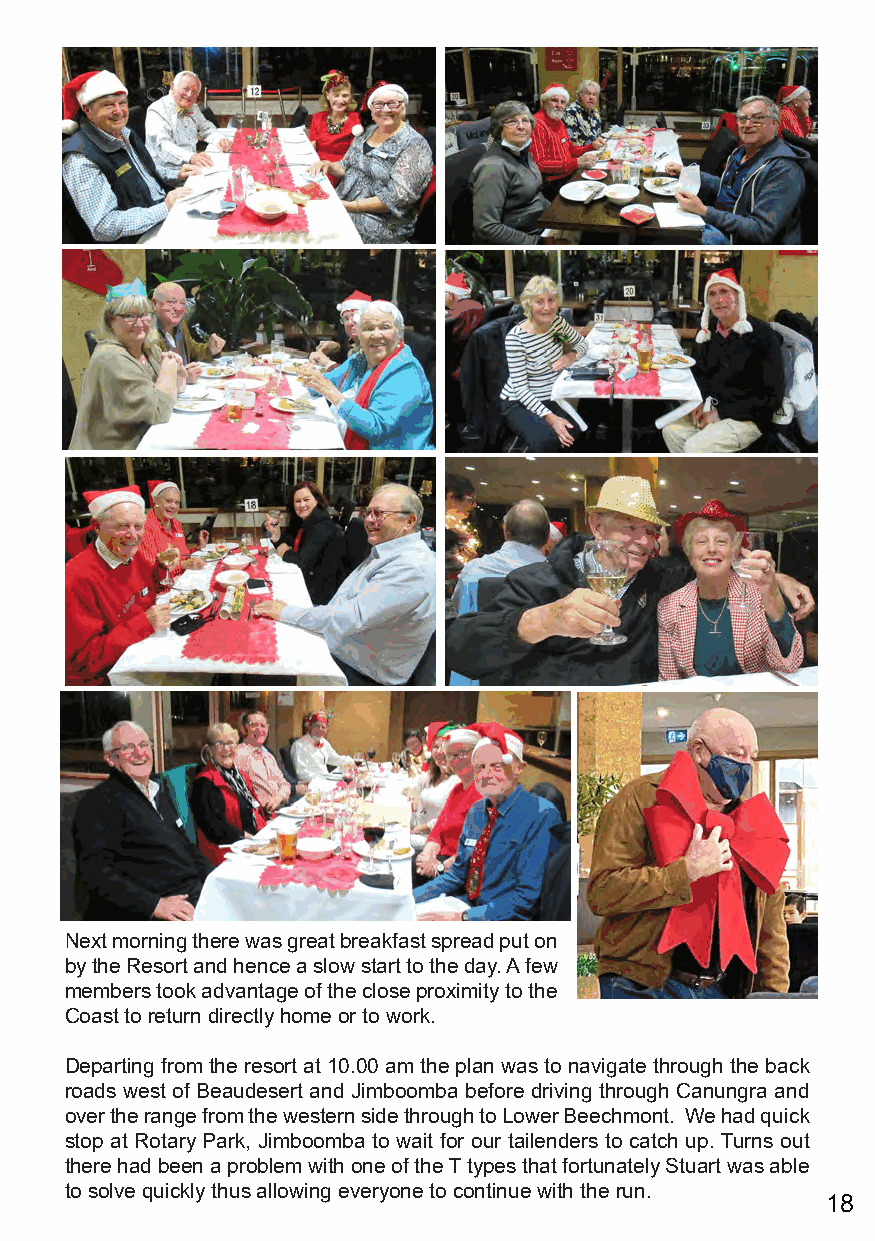
Next morning there was great breakfast spread put on
 by the Resort and hence a slow start to the day. A few
 members took advantage of the close proximity to the
 Coast to return directly home or to work.
 Departing from the resort at 10.00 am the plan was to navigate through the back
 roads west of Beaudesert and Jimboomba before driving through Canungra and
 over the range from the western side through to Lower Beechmont. We had quick
 stop at Rotary Park, Jimboomba to wait for our tailenders to catch up. Turns out
 there had been a problem with one of the T types that fortunately Stuart was able
 to solve quickly thus allowing everyone to continue with the run.
 18